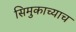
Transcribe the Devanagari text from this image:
सिमुकाच्याच